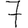
Digit: 7